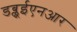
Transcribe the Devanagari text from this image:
डब्लूईएनआर